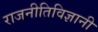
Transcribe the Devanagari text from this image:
राजनीतिविज्ञानी